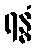
ရန္ဓံ